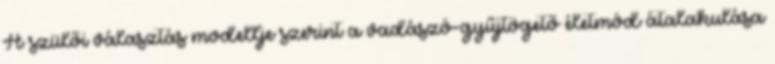
A szülői választás modellje szerint a vadászó-gyűjtögető életmód átalakulása